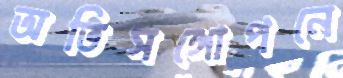
অতিসঙ্গোপনে